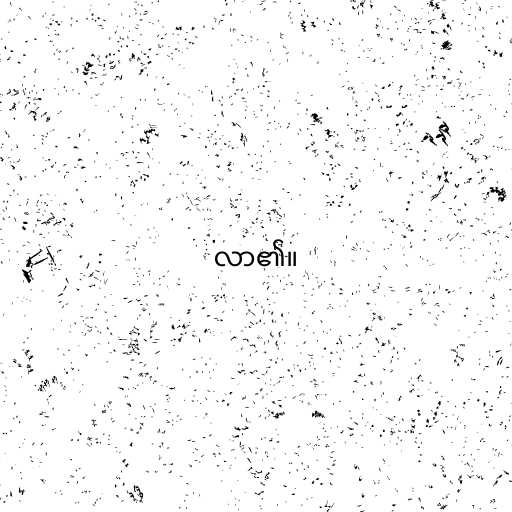
လာ၏။